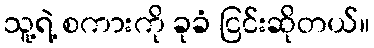
သူ့ရဲ့ စကားကို ခုခံ ငြင်းဆိုတယ်။